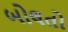
બોલતો